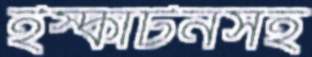
ইস্কাটনসহ